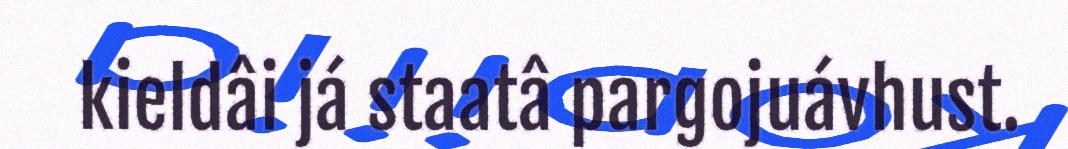
kieldâi já staatâ pargojuávhust.